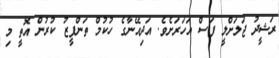
ރަޝީދު ޖަލަށްލީ ފަސް އަހަރަށެވެ. އަދިއޭނާގެ ހުކުމް ތަންފީޒު ކުރުން އޮތީ މި